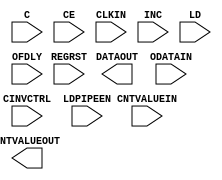
module ODELAYE2_FINEDELAY (
  CNTVALUEOUT,
  DATAOUT,

  C,
  CE,
  CINVCTRL,
  CLKIN,
  CNTVALUEIN,
  INC,
  LD,
  LDPIPEEN,
  ODATAIN,
  OFDLY,
  REGRST
);

    parameter CINVCTRL_SEL = "FALSE";
    parameter DELAY_SRC = "ODATAIN";
    parameter FINEDELAY = "BYPASS";
    parameter HIGH_PERFORMANCE_MODE    = "FALSE";
    parameter ODELAY_TYPE  = "FIXED";
    parameter integer ODELAY_VALUE = 0;
    parameter PIPE_SEL = "FALSE";
    parameter real REFCLK_FREQUENCY = 200.0;
    parameter SIGNAL_PATTERN    = "DATA";

    output [4:0] CNTVALUEOUT;
    output DATAOUT;

    input C;
    input CE;
    input CINVCTRL;
    input CLKIN;
    input [4:0] CNTVALUEIN;
    input INC;
    input LD;
    input LDPIPEEN;
    input ODATAIN;
    input [2:0] OFDLY;
    input REGRST;

endmodule